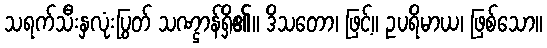
သရက်သီးနှလုံးပြွတ် သဏ္ဌာန်ရှိ၏။ ဒိသတော၊ ဖြင့်။ ဥပရိမာယ၊ ဖြစ်သော။